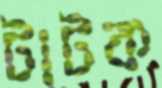
টাটক